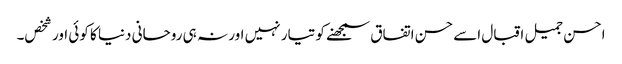
احسن جمیل اقبال اسے حسن اتفاق سمجھنے کو تیار نہیں اور نہ ہی روحانی دنیا کا کوئی اور شخص۔